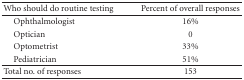
| Who should do routine testing | Percent of overall responses |
 | --- | --- |
 | Ophthalmologist | 16% |
 | Optician | 0 |
 | Optometrist | 33% |
 | Pediatrician | 51% |
 | Total no. of responses | 153 |